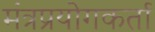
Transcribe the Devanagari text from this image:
मंत्रप्रयोगकर्ता